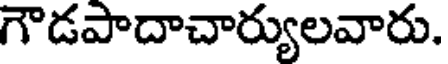
గౌడపాదాచార్యులవారు.